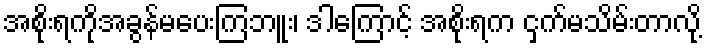
အစိုးရကိုအခွန်မပေးကြဘူး၊ ဒါကြောင့် အစိုးရက ငှက်မသိမ်းတာလို့